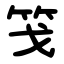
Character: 䇝